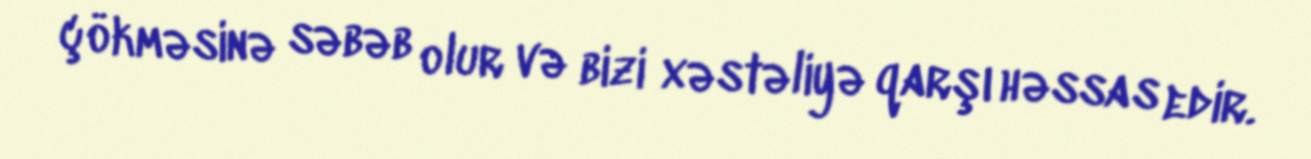
çökməsinə səbəb olur və bizi xəstəliyə qarşı həssas edir.